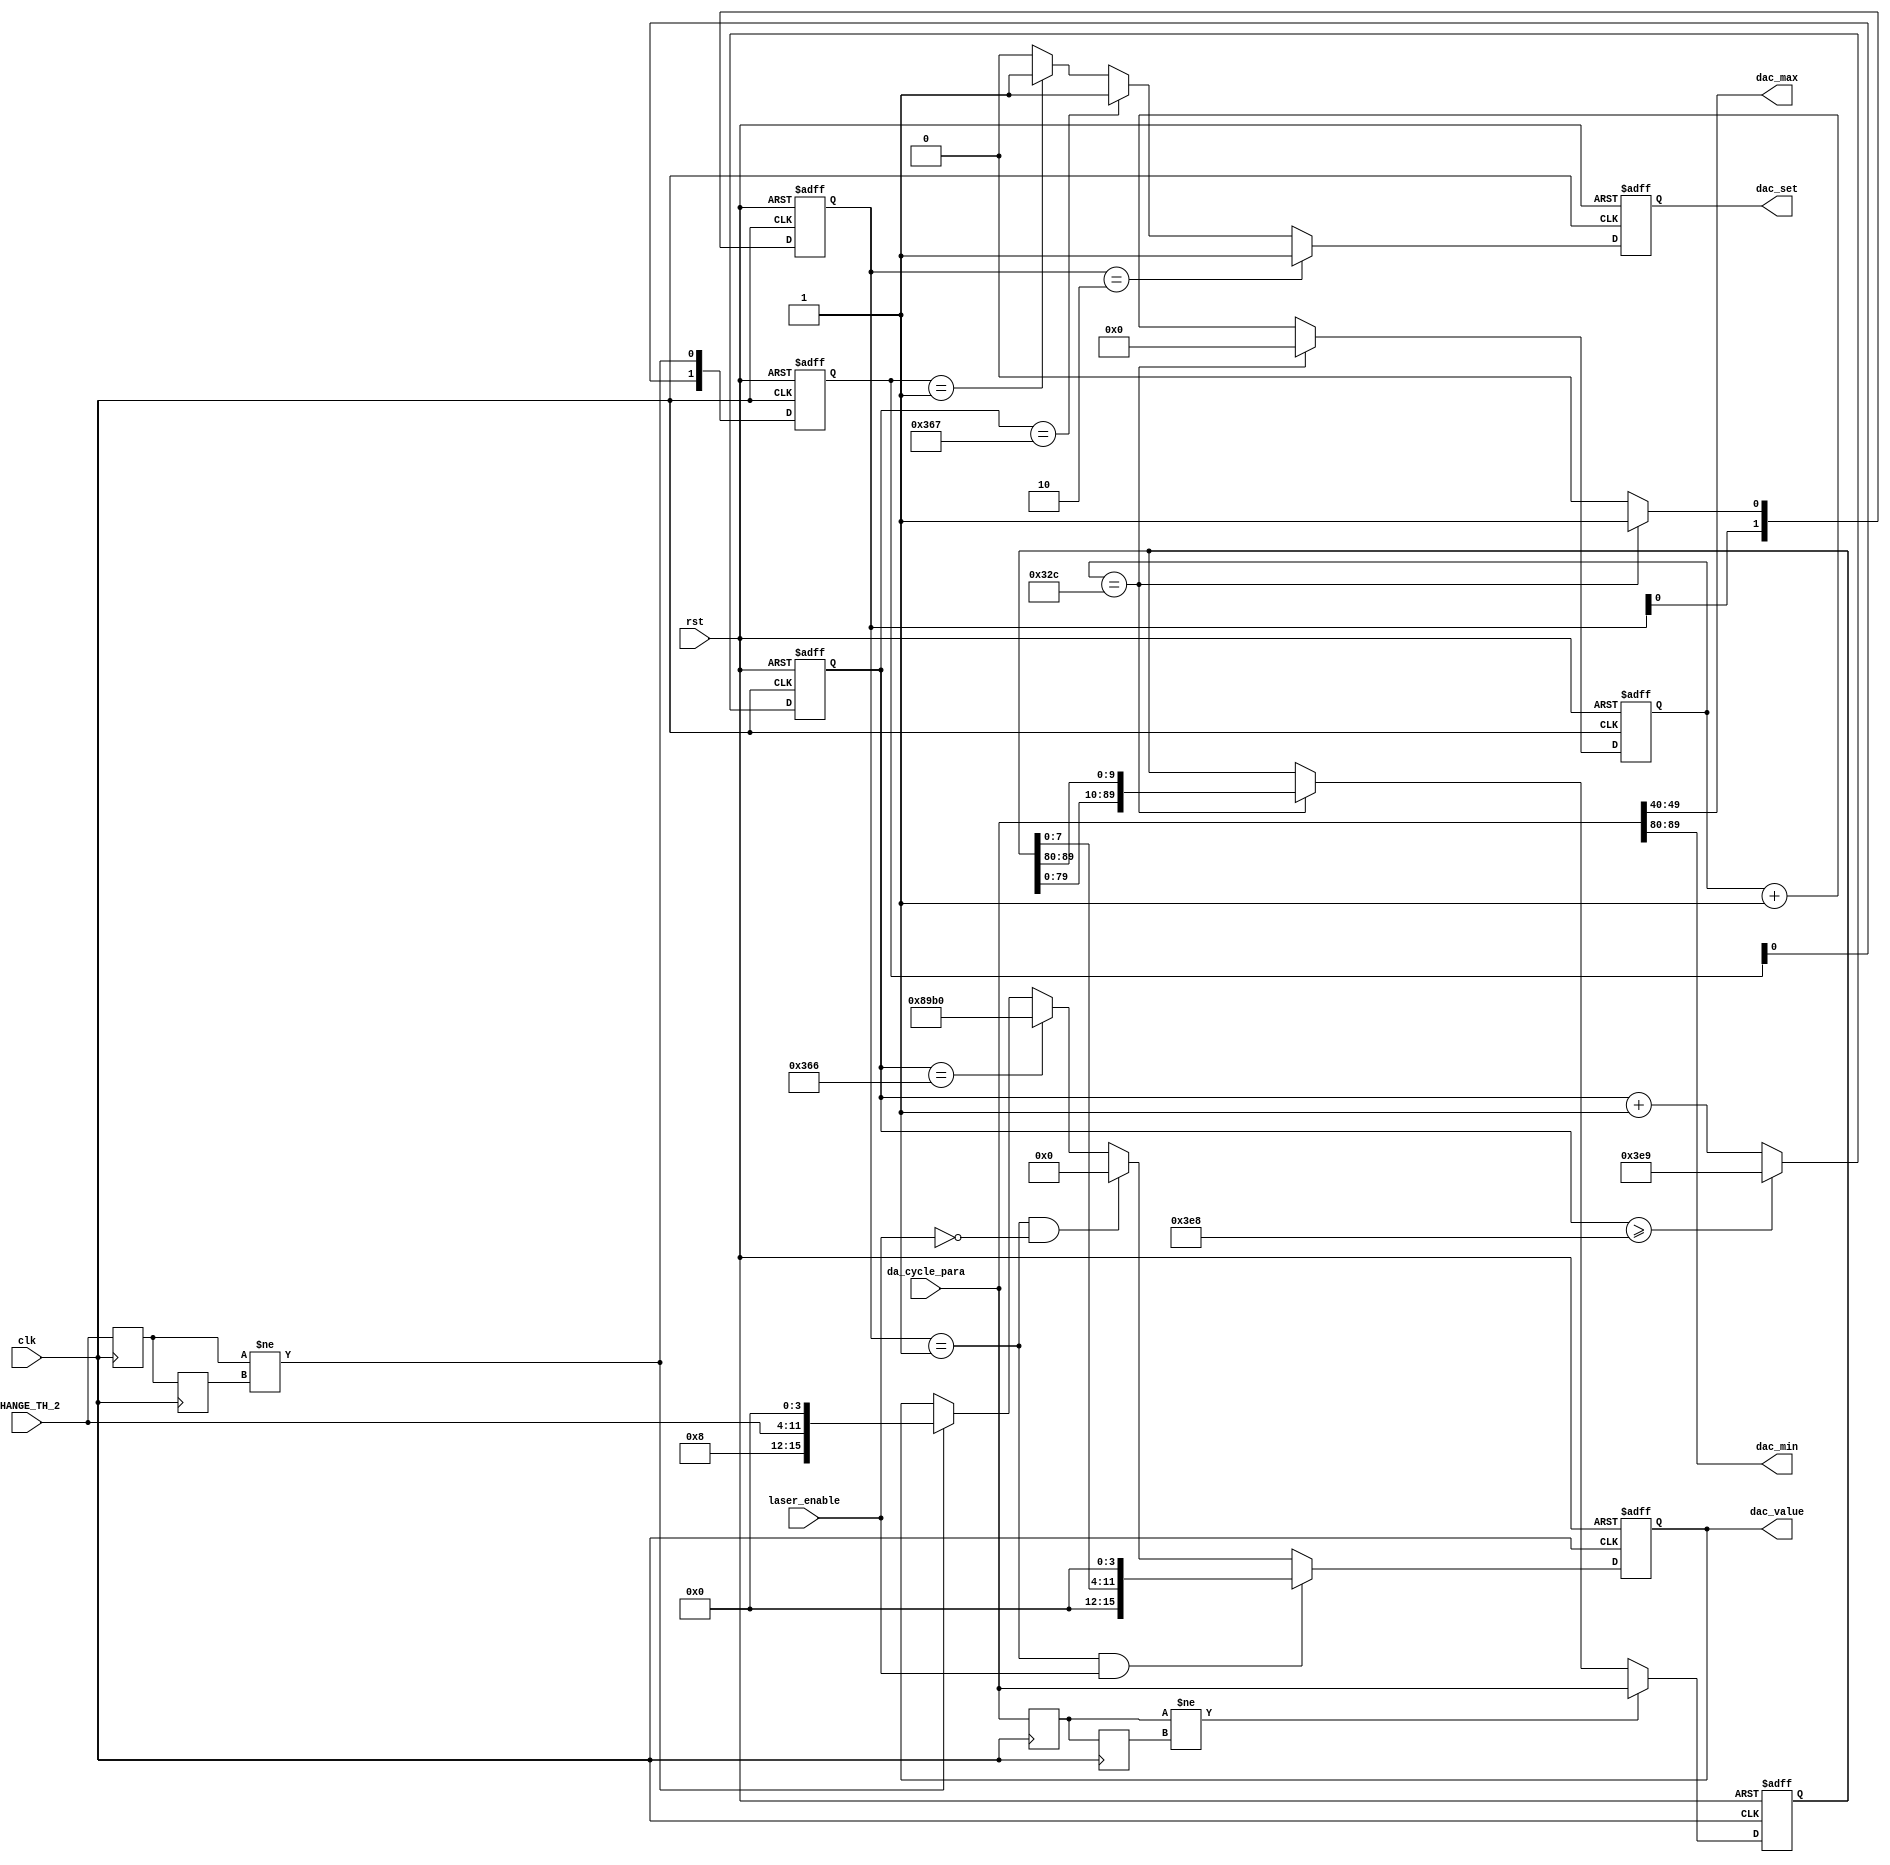
/*=============================================================================
# FileName    : compa_value.v
# Author      : author
# Email       : email@email.com
# Description :
        1. DA
        2. 9DA8DA
# Version     : 1.0
# LastChange  : 2019-6-21 13:21:18
# ChangeLog   :
=============================================================================*/
module compa_value(
   input  wire                clk,
   input  wire                rst,
   input  wire [89:00]        da_cycle_para,
   output reg  [15:0]         dac_value,
	input  wire [7:00]         CHANGE_TH_2,
	input  wire                laser_enable,
	output wire [9:0]          dac_max,
	output wire [9:0]          dac_min,
   output reg                 dac_set
);

wire                        cycle_set_flag;
reg     [89:00]             da_cycle_para_r0;
reg     [89:00]             da_cycle_para_r1;
wire       						 b_set_flag_fall/* synthesis keep */;                           //
reg  	  [1:0]               b_set_flag_r;
wire                        b_set_flag/* synthesis keep */;	
reg     [7:0]               da_bvalue1;
reg     [7:0]               da_bvalue2;		  
		  
always @ (posedge clk)
begin
   da_bvalue1 <= CHANGE_TH_2;
   da_bvalue2 <= da_bvalue1;
end


assign     b_set_flag = (da_bvalue1 != da_bvalue2);

assign     b_set_flag_fall=b_set_flag_r[1:0]==2'b01;

always@(posedge clk or negedge rst)
begin
	if(!rst)
		b_set_flag_r<=2'd0;
	else
		b_set_flag_r<={b_set_flag_r[0],b_set_flag};
end
	
always @ (posedge clk)
begin
   da_cycle_para_r0 <= da_cycle_para;
   da_cycle_para_r1 <= da_cycle_para_r0;
end

assign                  cycle_set_flag = (da_cycle_para_r0 != da_cycle_para_r1);

localparam              CYC_CNT=813;//1000;//813;//6us
//reg            [89:0]   dac_reg  ;//248 :800mv 304;980mv 360:1.16v 416:1.34v  472:1.52v   528:1.7v
// Prevents Quartus Prime from removing or optimizing a fanout free register.
// Apply the attribute to the variable declaration for an object that infers
// a register.

(* noprune *)  reg            [89:0]   dac_reg;


//reg            [69:0]   dac_reg;
reg            [31:0]   cnt;
reg            [9:0]    state;
wire                    dac_set_1;
wire                    dac_set_fall;
wire                    dac_set_rise/* synthesis keep */;
reg            [1:0]    dac_set_r;

wire           [9:0]    da_cycle_para9 /* synthesis keep */;
wire           [9:0]    da_cycle_para8 /* synthesis keep */;
wire           [9:0]    da_cycle_para7 /* synthesis keep */;
wire           [9:0]    da_cycle_para6 /* synthesis keep */;
wire           [9:0]    da_cycle_para5 /* synthesis keep */;
wire           [9:0]    da_cycle_para4 /* synthesis keep */;
wire           [9:0]    da_cycle_para3 /* synthesis keep */;
wire           [9:0]    da_cycle_para2 /* synthesis keep */;
wire           [9:0]    da_cycle_para1 /* synthesis keep */;
reg            [15:0]   b_cnt;

assign      dac_set_fall=dac_set_r[1:0]==2'b10;
assign      dac_set_rise=dac_set_r[1:0]==2'b01;

assign      dac_set_1=(cnt==CYC_CNT-1)?1'b1:1'b0;

assign      {da_cycle_para9, da_cycle_para8, da_cycle_para7, da_cycle_para6, da_cycle_para5, da_cycle_para4, da_cycle_para3, da_cycle_para2, da_cycle_para1}=da_cycle_para;


assign      dac_max=da_cycle_para5;
assign      dac_min=da_cycle_para9;



always@(posedge clk or negedge rst)                             
begin
   if (!rst)
   begin
      dac_set_r<=2'b00;
   end
   else
      dac_set_r<={dac_set_r[0],dac_set_1};
end
always@(posedge clk or negedge rst)
begin
   if(!rst)
      cnt<=16'd0;
   else if(cnt==CYC_CNT-1)
      cnt<=16'd0;
   else
      cnt<=cnt+1'b1;
end 
always@(posedge clk or negedge rst)
begin
	if(!rst)
		b_cnt<=16'd0;
	else if(b_cnt>=16'd1000)
	   b_cnt<=16'd1001;
	else 
		b_cnt<=b_cnt+1'b1;
end

always@(posedge clk or negedge rst)
begin
   if(!rst)
//   dac_reg<= {10'd23,10'd46,10'd69,10'd93,10'd81,10'd58,10'd35};//300--1.2
//	dac_reg<= {10'd31,10'd42,10'd54,10'd65,10'd77,10'd71,10'd60,10'd48,10'd37};//10'd132};400-1v
//	dac_reg<= {10'd116,10'd121,10'd143,10'd164,10'd185,10'd174,10'd153,10'd132,10'd111};//10'd132};1.3-2.4 xiaohuo 
//	dac_reg<= {10'd100,10'd110,10'd120,10'd130,10'd140,10'd135,10'd125,10'd115,10'd105};//10'd132};1.5-2.6 xiaohuo 
	dac_reg<= {10'd123,10'd143,10'd162,10'd181,10'd200,10'd191,10'd172,10'd152,10'd133};//
//dac_reg<= {10'd200,10'd191,10'd456,10'd527,10'd589,10'd651,10'd620,10'd558,10'd496};10bits

   else if(cycle_set_flag)
      dac_reg <={da_cycle_para9,da_cycle_para8,da_cycle_para7,da_cycle_para6,da_cycle_para5,da_cycle_para4,da_cycle_para3,da_cycle_para2,da_cycle_para1};
   else if(cnt==CYC_CNT-1)
      dac_reg<={dac_reg[79:0],dac_reg[89:80]};
//	dac_reg<={dac_reg[49:0],dac_reg[59:50]};	
end

always@(posedge clk or negedge rst)
begin
   if(!rst)
      dac_value<={1'b0,3'd0,8'd123,4'd0};
   else
   begin
      if(dac_set_rise && laser_enable)
         dac_value<={1'b0,3'd0,dac_reg[7:0],4'd0};//{1'b1,3'd0,dac_reg[9:0],2'd0}
		else if(dac_set_rise && (~laser_enable))
		   dac_value<=16'd0;
		else if(b_cnt==16'd870)
			dac_value<={1'b1,3'd0,8'd155,4'd0};
		else if(b_set_flag)
			dac_value<={1'b1,3'd0,CHANGE_TH_2,4'd0};
   end   
end


always@(posedge clk or negedge rst)
begin
   if(!rst)
      dac_set<=1'b1;
   else 
   begin
      if(dac_set_fall)
			dac_set<=1'b1;
		else if(b_cnt==16'd871)
			dac_set<=1'b1;
		else if(b_set_flag_fall)
			dac_set<=1'b1;
		else
			dac_set<=1'b0;
	end
end
   
endmodule